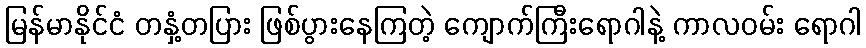
မြန်မာနိုင်ငံ တနှံ့တပြား ဖြစ်ပွားနေကြတဲ့ ကျောက်ကြီးရောဂါနဲ့ ကာလဝမ်း ရောဂါ